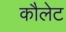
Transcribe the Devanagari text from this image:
कौलेट